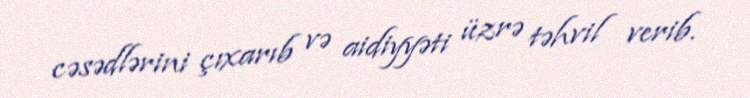
cəsədlərini çıxarıb və aidiyyəti üzrə təhvil verib.